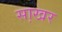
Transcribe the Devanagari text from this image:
सा़खर